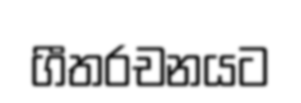
ගීතරචනයට